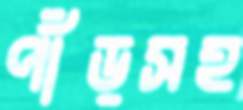
পাঁড়সহ